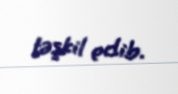
təşkil edib.